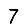
Digit: 7